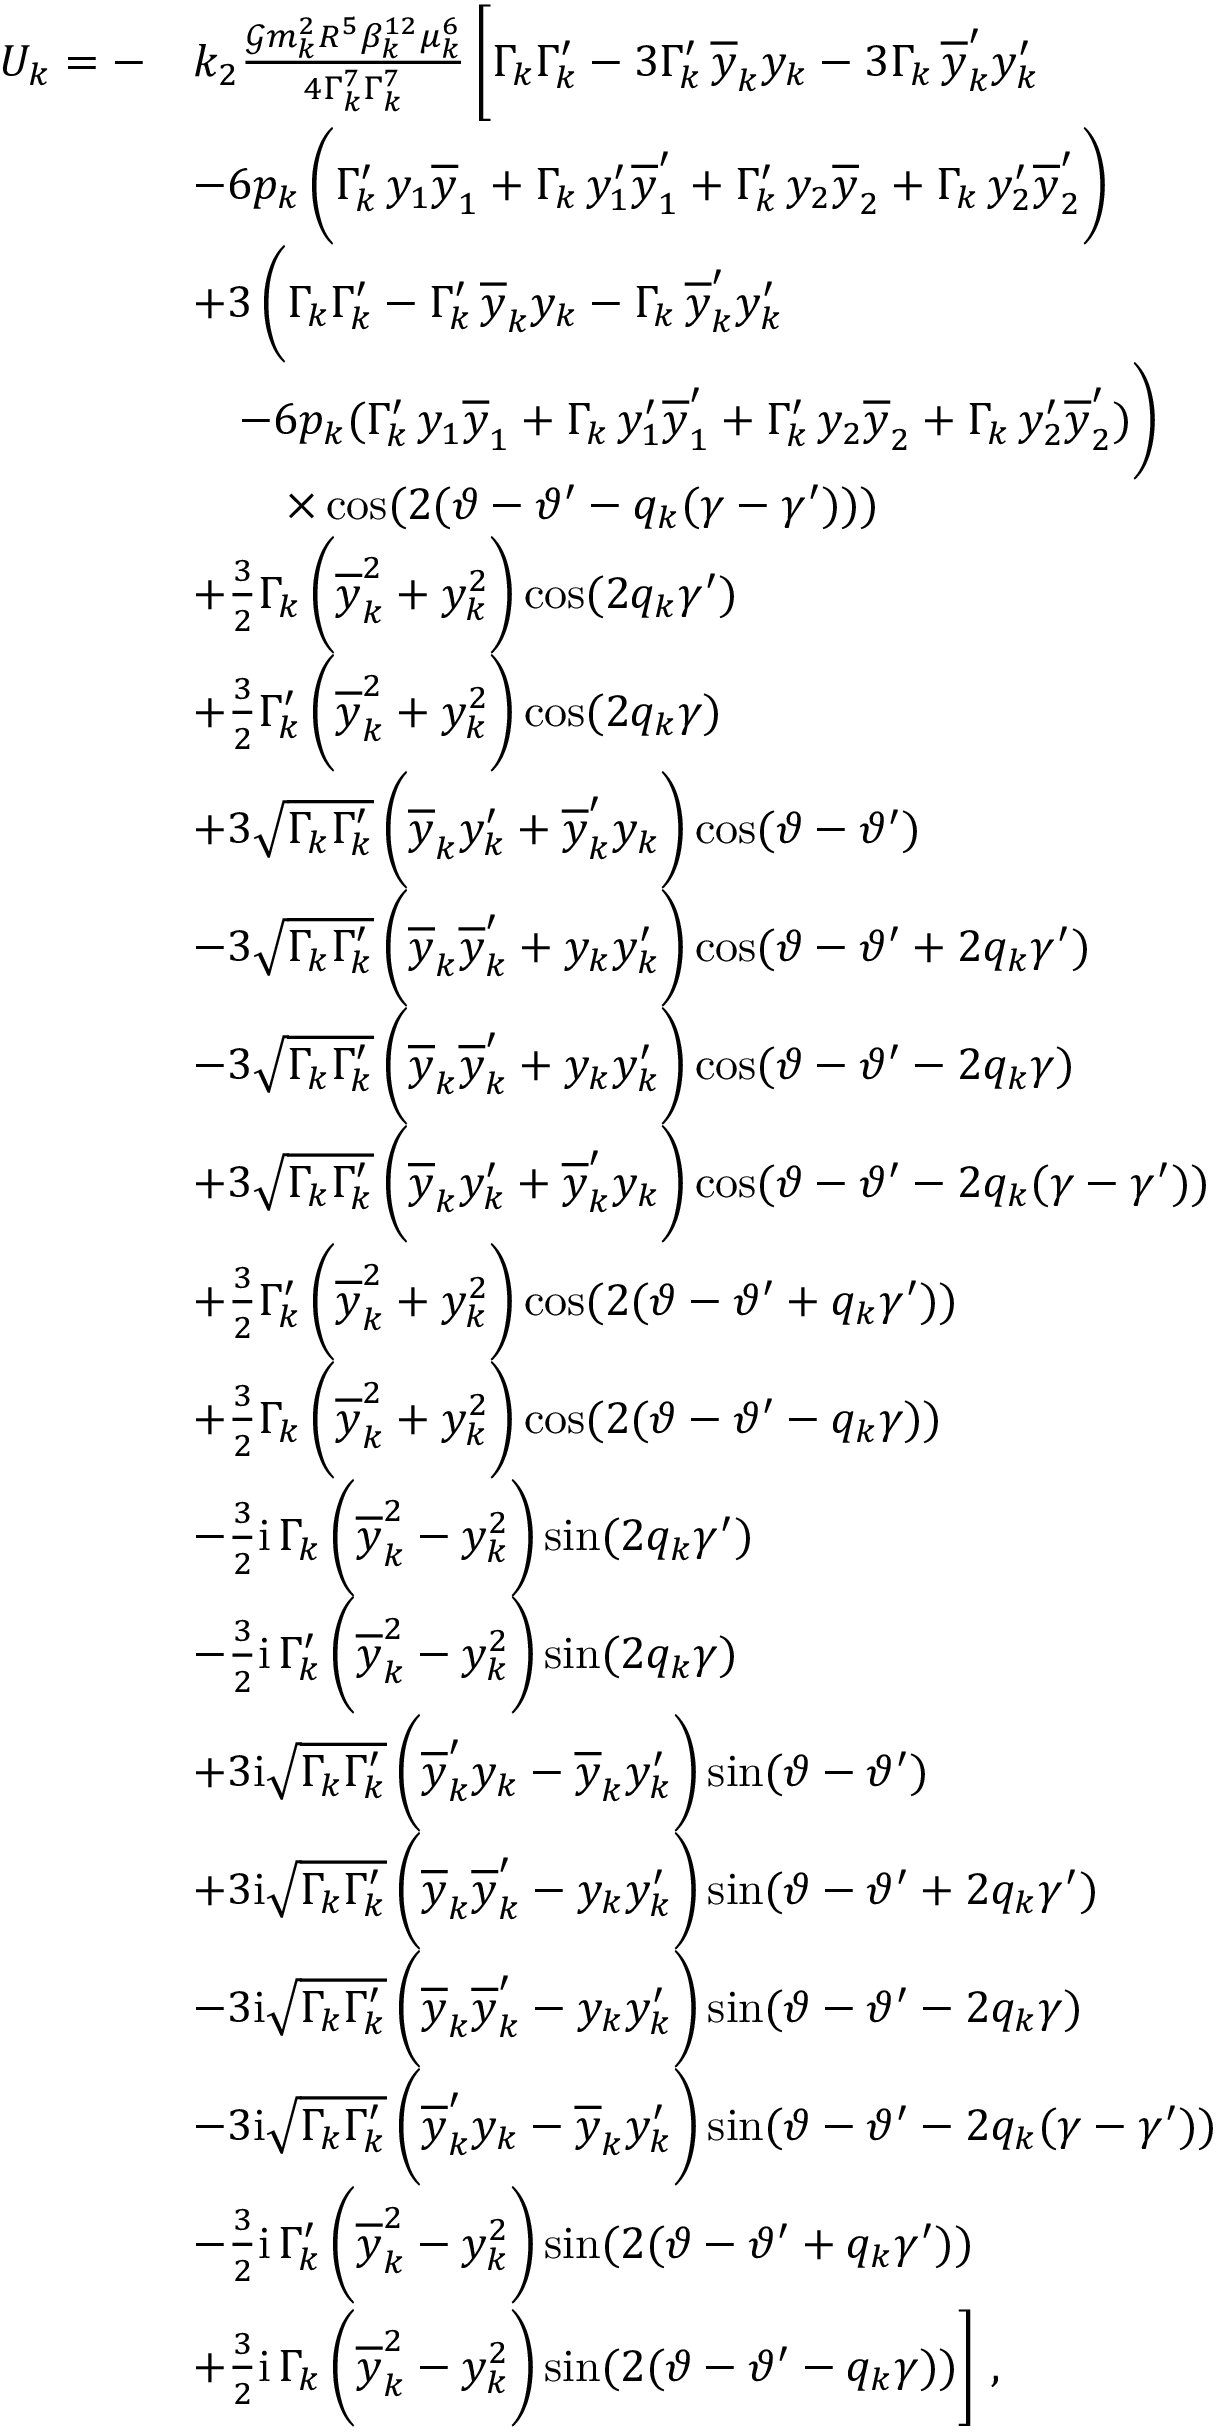
\begin{array} { r l } { U _ { k } = - } & { k _ { 2 } \frac { \mathcal { G } m _ { k } ^ { 2 } R ^ { 5 } \beta _ { k } ^ { 1 2 } \mu _ { k } ^ { 6 } } { 4 \Gamma _ { k } ^ { 7 } \Gamma _ { k } ^ { 7 } } \, \Bigg [ \Gamma _ { k } \Gamma _ { k } ^ { \prime } - 3 \Gamma _ { k } ^ { \prime } \, \overline { { y } } _ { k } y _ { k } - 3 \Gamma _ { k } \, \overline { { y } } _ { k } ^ { \prime } y _ { k } ^ { \prime } } \\ & { - 6 p _ { k } \, \bigg ( \Gamma _ { k } ^ { \prime } \, y _ { 1 } \overline { { y } } _ { 1 } + \Gamma _ { k } \, y _ { 1 } ^ { \prime } \overline { { y } } _ { 1 } ^ { \prime } + \Gamma _ { k } ^ { \prime } \, y _ { 2 } \overline { { y } } _ { 2 } + \Gamma _ { k } \, y _ { 2 } ^ { \prime } \overline { { y } } _ { 2 } ^ { \prime } \bigg ) } \\ & { + 3 \, \bigg ( \Gamma _ { k } \Gamma _ { k } ^ { \prime } - \Gamma _ { k } ^ { \prime } \, \overline { { y } } _ { k } y _ { k } - \Gamma _ { k } \, \overline { { y } } _ { k } ^ { \prime } y _ { k } ^ { \prime } } \\ & { \quad - 6 p _ { k } ( \Gamma _ { k } ^ { \prime } \, y _ { 1 } \overline { { y } } _ { 1 } + \Gamma _ { k } \, y _ { 1 } ^ { \prime } \overline { { y } } _ { 1 } ^ { \prime } + \Gamma _ { k } ^ { \prime } \, y _ { 2 } \overline { { y } } _ { 2 } + \Gamma _ { k } \, y _ { 2 } ^ { \prime } \overline { { y } } _ { 2 } ^ { \prime } ) \bigg ) } \\ & { \quad \quad \times \cos ( 2 ( \vartheta - \vartheta ^ { \prime } - q _ { k } ( \gamma - \gamma ^ { \prime } ) ) ) } \\ & { + \frac { 3 } { 2 } \Gamma _ { k } \, \bigg ( \overline { { y } } _ { k } ^ { 2 } + y _ { k } ^ { 2 } \bigg ) \cos ( 2 q _ { k } \gamma ^ { \prime } ) } \\ & { + \frac { 3 } { 2 } \Gamma _ { k } ^ { \prime } \, \bigg ( \overline { { y } } _ { k } ^ { 2 } + y _ { k } ^ { 2 } \bigg ) \cos ( 2 q _ { k } \gamma ) } \\ & { + 3 \sqrt { \Gamma _ { k } \Gamma _ { k } ^ { \prime } } \, \bigg ( \overline { { y } } _ { k } y _ { k } ^ { \prime } + \overline { { y } } _ { k } ^ { \prime } y _ { k } \bigg ) \cos ( \vartheta - \vartheta ^ { \prime } ) } \\ & { - 3 \sqrt { \Gamma _ { k } \Gamma _ { k } ^ { \prime } } \, \bigg ( \overline { { y } } _ { k } \overline { { y } } _ { k } ^ { \prime } + y _ { k } y _ { k } ^ { \prime } \bigg ) \cos ( \vartheta - \vartheta ^ { \prime } + 2 q _ { k } \gamma ^ { \prime } ) } \\ & { - 3 \sqrt { \Gamma _ { k } \Gamma _ { k } ^ { \prime } } \, \bigg ( \overline { { y } } _ { k } \overline { { y } } _ { k } ^ { \prime } + y _ { k } y _ { k } ^ { \prime } \bigg ) \cos ( \vartheta - \vartheta ^ { \prime } - 2 q _ { k } \gamma ) } \\ & { + 3 \sqrt { \Gamma _ { k } \Gamma _ { k } ^ { \prime } } \, \bigg ( \overline { { y } } _ { k } y _ { k } ^ { \prime } + \overline { { y } } _ { k } ^ { \prime } y _ { k } \bigg ) \cos ( \vartheta - \vartheta ^ { \prime } - 2 q _ { k } ( \gamma - \gamma ^ { \prime } ) ) } \\ & { + \frac { 3 } { 2 } \Gamma _ { k } ^ { \prime } \, \bigg ( \overline { { y } } _ { k } ^ { 2 } + y _ { k } ^ { 2 } \bigg ) \cos ( 2 ( \vartheta - \vartheta ^ { \prime } + q _ { k } \gamma ^ { \prime } ) ) } \\ & { + \frac { 3 } { 2 } \Gamma _ { k } \, \bigg ( \overline { { y } } _ { k } ^ { 2 } + y _ { k } ^ { 2 } \bigg ) \cos ( 2 ( \vartheta - \vartheta ^ { \prime } - q _ { k } \gamma ) ) } \\ & { - \frac { 3 } { 2 } \mathrm { i } \, \Gamma _ { k } \, \bigg ( \overline { { y } } _ { k } ^ { 2 } - y _ { k } ^ { 2 } \bigg ) \sin ( 2 q _ { k } \gamma ^ { \prime } ) } \\ & { - \frac { 3 } { 2 } \mathrm { i } \, \Gamma _ { k } ^ { \prime } \, \bigg ( \overline { { y } } _ { k } ^ { 2 } - y _ { k } ^ { 2 } \bigg ) \sin ( 2 q _ { k } \gamma ) } \\ & { + 3 \mathrm { i } \sqrt { \Gamma _ { k } \Gamma _ { k } ^ { \prime } } \, \bigg ( \overline { { y } } _ { k } ^ { \prime } y _ { k } - \overline { { y } } _ { k } y _ { k } ^ { \prime } \bigg ) \sin ( \vartheta - \vartheta ^ { \prime } ) } \\ & { + 3 \mathrm { i } \sqrt { \Gamma _ { k } \Gamma _ { k } ^ { \prime } } \, \bigg ( \overline { { y } } _ { k } \overline { { y } } _ { k } ^ { \prime } - y _ { k } y _ { k } ^ { \prime } \bigg ) \sin ( \vartheta - \vartheta ^ { \prime } + 2 q _ { k } \gamma ^ { \prime } ) } \\ & { - 3 \mathrm { i } \sqrt { \Gamma _ { k } \Gamma _ { k } ^ { \prime } } \, \bigg ( \overline { { y } } _ { k } \overline { { y } } _ { k } ^ { \prime } - y _ { k } y _ { k } ^ { \prime } \bigg ) \sin ( \vartheta - \vartheta ^ { \prime } - 2 q _ { k } \gamma ) } \\ & { - 3 \mathrm { i } \sqrt { \Gamma _ { k } \Gamma _ { k } ^ { \prime } } \, \bigg ( \overline { { y } } _ { k } ^ { \prime } y _ { k } - \overline { { y } } _ { k } y _ { k } ^ { \prime } \bigg ) \sin ( \vartheta - \vartheta ^ { \prime } - 2 q _ { k } ( \gamma - \gamma ^ { \prime } ) ) } \\ & { - \frac { 3 } { 2 } \mathrm { i } \, \Gamma _ { k } ^ { \prime } \, \bigg ( \overline { { y } } _ { k } ^ { 2 } - y _ { k } ^ { 2 } \bigg ) \sin ( 2 ( \vartheta - \vartheta ^ { \prime } + q _ { k } \gamma ^ { \prime } ) ) } \\ & { + \frac { 3 } { 2 } \mathrm { i } \, \Gamma _ { k } \, \bigg ( \overline { { y } } _ { k } ^ { 2 } - y _ { k } ^ { 2 } \bigg ) \sin ( 2 ( \vartheta - \vartheta ^ { \prime } - q _ { k } \gamma ) ) \Bigg ] \ , } \end{array}